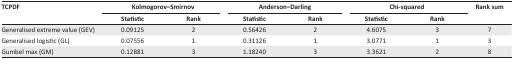
| <ROWSPAN=2> TCPDF | <COLSPAN=2> Kolmogorov–Smirnov | <COLSPAN=2> Anderson–Darling | <COLSPAN=2> Chi-squared | <ROWSPAN=2> Rank sum |
 | Statistic | Rank | Statistic | Rank | Statistic | Rank |
 | --- | --- | --- | --- | --- | --- | --- | --- |
 | Generalised extreme value (GEV) | 0.09125 | 2 | 0.56426 | 2 | 4.6075 | 3 | 7 |
 | Generalised logistic (GL) | 0.07556 | 1 | 0.31126 | 1 | 3.0771 | 1 | 3 |
 | Gumbel max (GM) | 0.12881 | 3 | 1.18240 | 3 | 3.3621 | 2 | 8 |